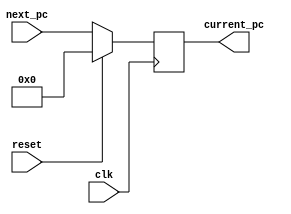
`timescale 1ns / 1ps
//////////////////////////////////////////////////////////////////////////////////
// Company: 
// Engineer: 
// 
// Design Name: 
// Module Name: PC
// Project Name: 
// Target Devices: 
// Tool Versions: 
// Description: 
// 
// Dependencies: 
// 
// Revision:
// Revision 0.01 - File Created
// Additional Comments:
// 
//////////////////////////////////////////////////////////////////////////////////


module PC(
    input reset,       // input (Use reset to initialize PC. Initial value must be 0)
    input clk,         // input
    input [31:0] next_pc, // input
    output reg [31:0] current_pc  // output

    );
    
    always @(posedge clk)begin

    current_pc <= (!reset) ? next_pc : 0;
    
end
endmodule